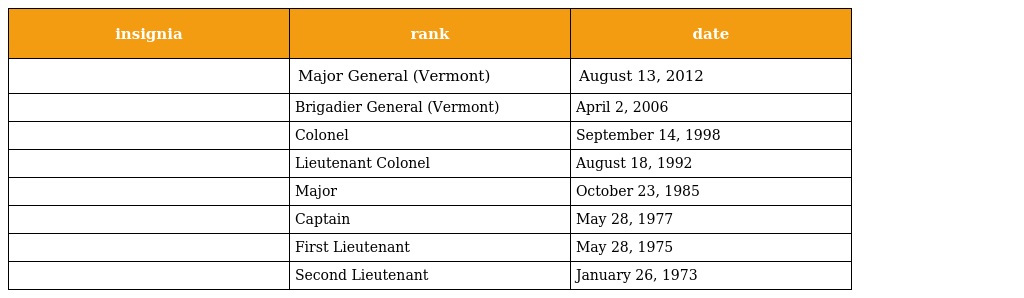
| insignia | rank | date |
 | --- | --- | --- |
 |  | Major General (Vermont) | August 13, 2012 |
 |  | Brigadier General (Vermont) | April 2, 2006 |
 |  | Colonel | September 14, 1998 |
 |  | Lieutenant Colonel | August 18, 1992 |
 |  | Major | October 23, 1985 |
 |  | Captain | May 28, 1977 |
 |  | First Lieutenant | May 28, 1975 |
 |  | Second Lieutenant | January 26, 1973 |